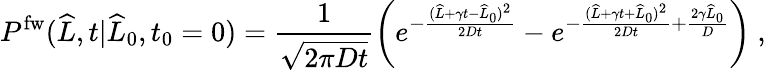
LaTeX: P^{\mathrm{fw}}(\widehat{L},t|\widehat{L}_{0},t_{0}=0)=\frac{1}{\sqrt{2\pi Dt}}\left(e^{-\frac{(\widehat{L}+\gamma t-\widehat{L}_{0})^{2}}{2Dt}}-e^{-\frac{(\widehat{L}+\gamma t+\widehat{L}_{0})^{2}}{2Dt}+\frac{2\gamma\widehat{L}_{0}}{D}}\right)\ ,